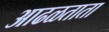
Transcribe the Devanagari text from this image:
आढळताता